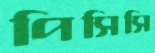
পিসিসি